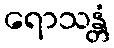
ရောသန္တံ